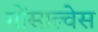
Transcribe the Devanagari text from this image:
गोंसाल्वेस